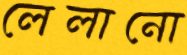
লেলানো